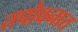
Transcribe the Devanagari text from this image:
तपोवनात